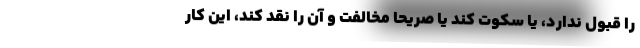
را قبول ندارد، یا سکوت کند یا صریحاً مخالفت و آن را نقد کند، این کار